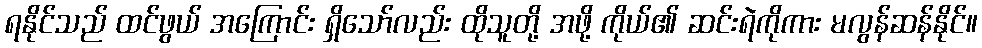
ရနိုင်သည် ထင်ဖွယ် အကြောင်း ရှိသော်လည်း ထိုသူတို့ အဖို့ ကိုယ်၏ ဆင်းရဲကိုကား မလွန်ဆန်နိုင်။